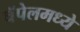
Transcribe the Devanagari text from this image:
चॅपेलमध्ये